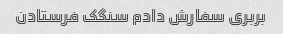
بربری سفارش دادم سنگک فرستادن